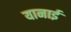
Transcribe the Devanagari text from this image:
यानाई